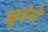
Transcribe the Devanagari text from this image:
ड्युईनो